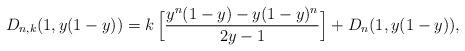
LaTeX: \begin{align*}D_{n,k}(1,y(1-y))=k\,\Big[ \displaystyle\frac{y^n(1-y)-y(1-y)^n}{2y-1}\Big]+D_n(1,y(1-y)), \end{align*}